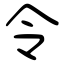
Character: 令